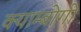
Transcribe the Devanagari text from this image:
क्याम्बोगो